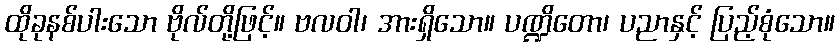
ထိုခုနစ်ပါးသော ဗိုလ်တို့ဖြင့်။ ဗလဝါ၊ အားရှိသော။ ပဏ္ဍိတော၊ ပညာနှင့် ပြည့်စုံသော။